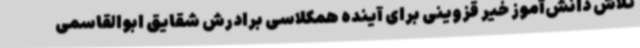
تلاش دانش‌آموز خیر قزوینی برای آینده همکلاسی‌ برادرش شقایق ابوالقاسمی